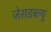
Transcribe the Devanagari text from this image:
जेसडब्ल्यु